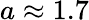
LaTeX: a\approx 1.7